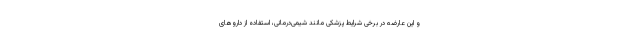
و این عارضه در برخی شرایط پزشکی مانند شیمی‌درمانی، استفاده از داروهای